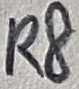
Text: R8